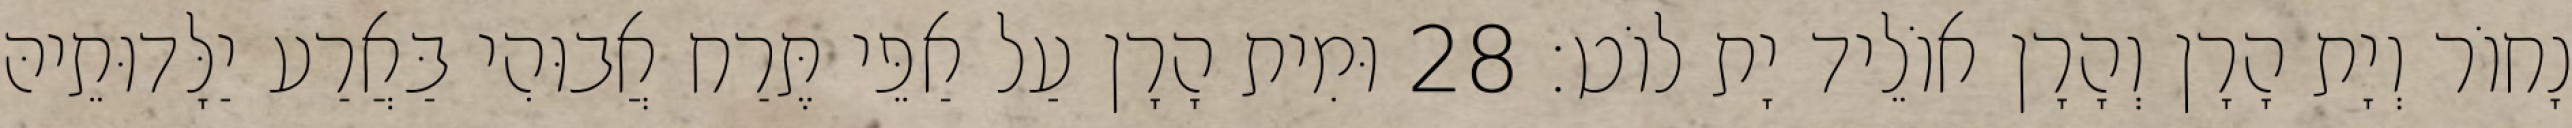
נָחוֹר וְיָת הָרָן וְהָרָן אוֹלֵיד יָת לוֹט׃ 28 וּמִית הָרָן עַל אַפֵּי תֶּרַח אֲבוּהִי בַּאֲרַע יַלָּדוּתֵיהּ